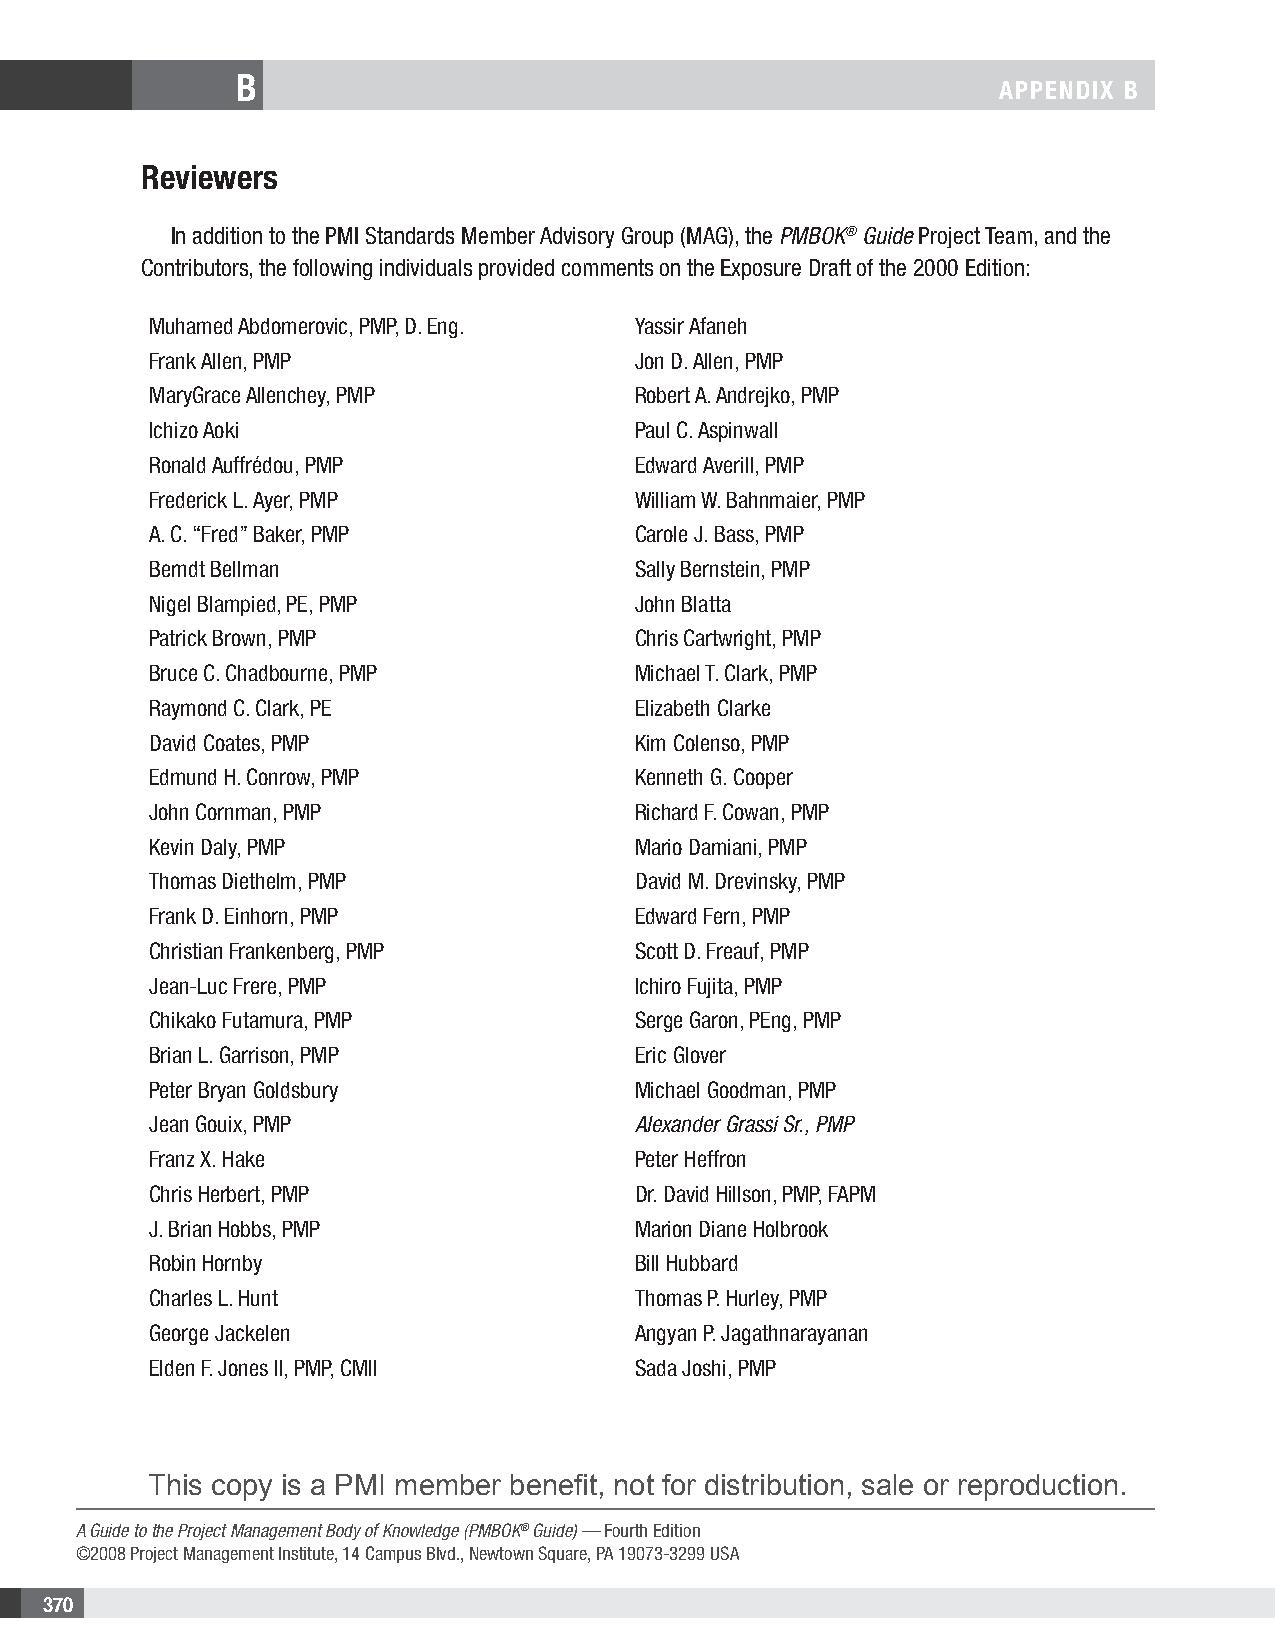
B
 APPENDIX B
 Reviewers
 In addition to the PMI Standards Member Advisory Group (MAG), the PMBOK® Guide Project Team, and the
 Contributors, the following individuals provided comments on the Exposure Draft of the 2000 Edition:
 Muhamed Abdomerovic, PMP, D. Eng. Yassir Afaneh
 Frank Allen, PMP                Jon D. Allen, PMP
 MaryGrace Allenchey, PMP        Robert A. Andrejko, PMP
 Ichizo Aoki                     Paul C. Aspinwall
 Ronald Auffrédou, PMP           Edward Averill, PMP
 Frederick L. Ayer, PMP          William W. Bahnmaier, PMP
 A. C. “Fred” Baker, PMP         Carole J. Bass, PMP
 Berndt Bellman                  Sally Bernstein, PMP
 Nigel Blampied, PE, PMP         John Blatta
 Patrick Brown, PMP              Chris Cartwright, PMP
 Bruce C. Chadbourne, PMP        Michael T. Clark, PMP
 Raymond C. Clark, PE            Elizabeth Clarke
 David Coates, PMP               Kim Colenso, PMP
 Edmund H. Conrow, PMP           Kenneth G. Cooper
 John Cornman, PMP               Richard F. Cowan, PMP
 Kevin Daly, PMP                 Mario Damiani, PMP
 Thomas Diethelm, PMP            David M. Drevinsky, PMP
 Frank D. Einhorn, PMP           Edward Fern, PMP
 Christian Frankenberg, PMP      Scott D. Freauf, PMP
 Jean-Luc Frere, PMP             Ichiro Fujita, PMP
 Chikako Futamura, PMP           Serge Garon, PEng, PMP
 Brian L. Garrison, PMP          Eric Glover
 Peter Bryan Goldsbury           Michael Goodman, PMP
 Jean Gouix, PMP                 Alexander Grassi Sr., PMP
 Franz X. Hake                   Peter Heffron
 Chris Herbert, PMP              Dr. David Hillson, PMP, FAPM
 J. Brian Hobbs, PMP             Marion Diane Holbrook
 Robin Hornby                    Bill Hubbard
 Charles L. Hunt                 Thomas P. Hurley, PMP
 George Jackelen                 Angyan P. Jagathnarayanan
 Elden F. Jones II, PMP, CMII    Sada Joshi, PMP
 This copy is a PMI member benefit, not for distribution, sale or reproduction.
 A Guide to the Project Management Body of Knowledge (PMBOK® Guide) — Fourth Edition
 ©2008 Project Management Institute, 14 Campus Blvd., Newtown Square, PA 19073-3299 USA
 370